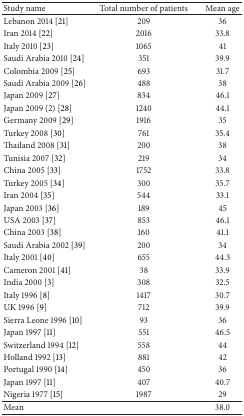
<table><thead><tr><td><b>Study name</b></td><td><b>Total number of patients</b></td><td><b>Mean age</b></td></tr></thead><tbody><tr><td>Lebanon 2014 [21]</td><td>209</td><td>36</td></tr><tr><td>Iran 2014 [22]</td><td>2016</td><td>33.8</td></tr><tr><td>Italy 2010 [23]</td><td>1065</td><td>41</td></tr><tr><td>Saudi Arabia 2010 [24]</td><td>351</td><td>39.9</td></tr><tr><td>Colombia 2009 [25]</td><td>693</td><td>31.7</td></tr><tr><td>Saudi Arabia 2009 [26]</td><td>488</td><td>38</td></tr><tr><td>Japan 2009 [27]</td><td>834</td><td>46.1</td></tr><tr><td>Japan 2009 (2) [28]</td><td>1240</td><td>44.1</td></tr><tr><td>Germany 2009 [29]</td><td>1916</td><td>35</td></tr><tr><td>Turkey 2008 [30]</td><td>761</td><td>35.4</td></tr><tr><td>Thailand 2008 [31]</td><td>200</td><td>38</td></tr><tr><td>Tunisia 2007 [32]</td><td>219</td><td>34</td></tr><tr><td>China 2005 [33]</td><td>1752</td><td>33.8</td></tr><tr><td>Turkey 2005 [34]</td><td>300</td><td>35.7</td></tr><tr><td>Iran 2004 [35]</td><td>544</td><td>33.1</td></tr><tr><td>Japan 2003 [36]</td><td>189</td><td>45</td></tr><tr><td>USA 2003 [37]</td><td>853</td><td>46.1</td></tr><tr><td>China 2003 [38]</td><td>160</td><td>41.1</td></tr><tr><td>Saudi Arabia 2002 [39]</td><td>200</td><td>34</td></tr><tr><td>Italy 2001 [40]</td><td>655</td><td>44.3</td></tr><tr><td>Cameron 2001 [41]</td><td>38</td><td>33.9</td></tr><tr><td>India 2000 [3]</td><td>308</td><td>32.5</td></tr><tr><td>Italy 1996 [8]</td><td>1417</td><td>30.7</td></tr><tr><td>UK 1996 [9]</td><td>712</td><td>39.9</td></tr><tr><td>Sierra Leone 1996 [10]</td><td>93</td><td>36</td></tr><tr><td>Japan 1997 [11]</td><td>551</td><td>46.5</td></tr><tr><td>Switzerland 1994 [12]</td><td>558</td><td>44</td></tr><tr><td>Holland 1992 [13]</td><td>881</td><td>42</td></tr><tr><td>Portugal 1990 [14]</td><td>450</td><td>36</td></tr><tr><td>Japan 1997 [11]</td><td>407</td><td>40.7</td></tr><tr><td>Nigeria 1977 [15]</td><td>1987</td><td>29</td></tr><tr><td>Mean</td><td> </td><td>38.0</td></tr></tbody></table>